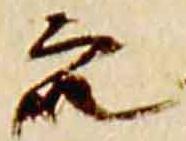
衆